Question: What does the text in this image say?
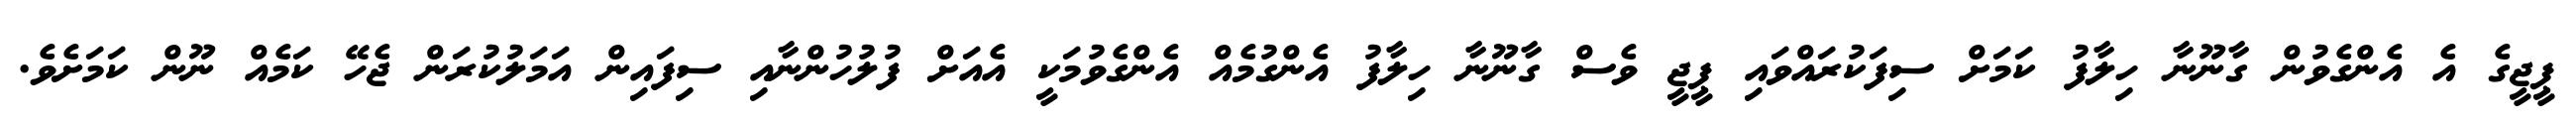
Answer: ޕީޖީގެ އެ އެންގެވުން ގާނޫނާ ހިލާފު ކަމަށް ސިފަކުރައްވައި ޕީޖީ ވެސް ގާނޫނާ ހިލާފު އެންގުމެއް އެންގެވުމަކީ އެއަށް ފުލުހުންނާއި ސިފައިން އަމަލުކުރަން ޖެހޭ ކަމެއް ނޫން ކަމަށެވެ.